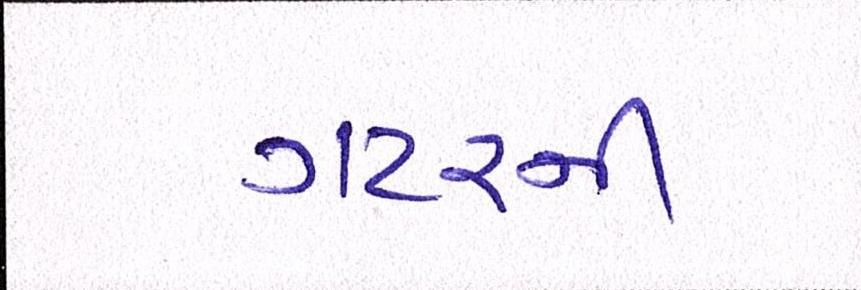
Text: ગટરની